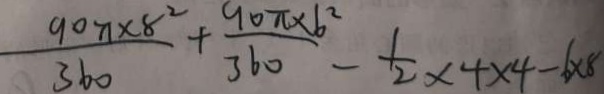
\frac { 9 0 \pi \times 8 ^ { 2 } } { 3 6 0 } + \frac { 9 0 \pi \times 6 ^ { 2 } } { 3 6 0 } - \frac { 1 } { 2 } \times 4 \times 4 - 6 \times 8